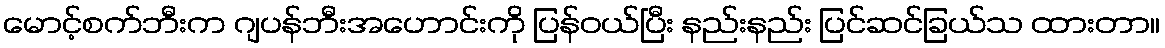
မောင့်စက်ဘီးက ဂျပန်ဘီးအဟောင်းကို ပြန်ဝယ်ပြီး နည်းနည်း ပြင်ဆင်ခြယ်သ ထားတာ။